Indian journal of veterinary science and animal husbandry - Volumes 24-25, 1954-1955
Year: 1954
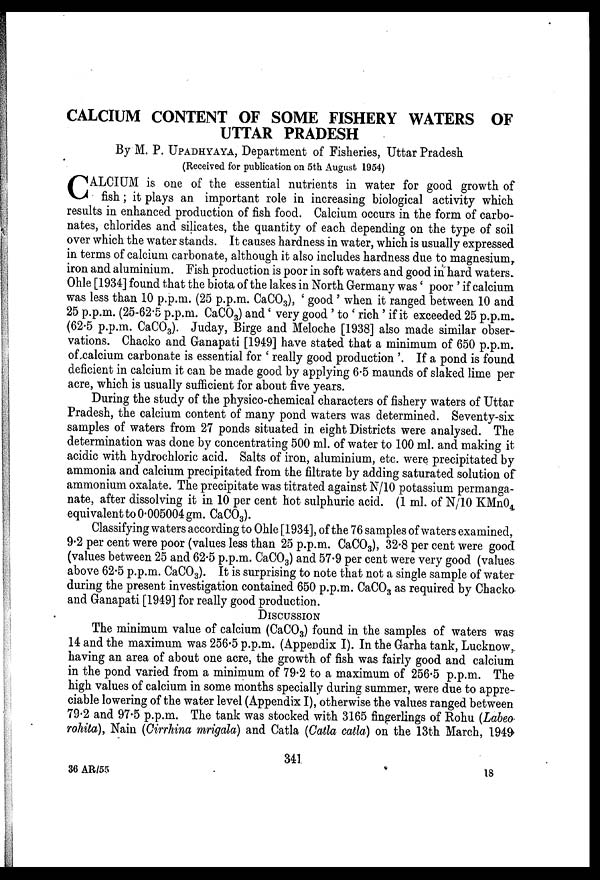
CALCIUM CONTENT OF SOME FISHERY WATERS OF
UTTAR PRADESH
By M. P. UPADHYAYA, Department of Fisheries, Uttar Pradesh
(Received for publication on 5th August 1954)
C ALCIUM is one of the essential nutrients in water for good growth of
fish ; it plays an important role in increasing biological activity which
results in enhanced production of fish food. Calcium occurs in the form of carbo-
nates, chlorides and silicates, the quantity of each depending on the type of soil
over which the water stands. It causes hardness in water, which is usually expressed
in terms of calcium carbonate, although it also includes hardness due to magnesium,
iron and aluminium. Fish production is poor in soft waters and good in hard waters.
Ohle [1934] found that the biota of the lakes in North Germany was ' poor ' if calcium
was less than 10 p.p.m. (25 p.p.m. CaCO 3 ), ' good ' when it ranged between 10 and
25 p.p.m. (25-62.5 p.p.m. CaCO 3 ) and ' very good ' to ' rich ' if it exceeded 25 p.p.m.
(62.5 p.p.m. CaCO 3 ). Juday, Birge and Meloche [1938] also made similar obser-
vations. Chacko and Ganapati [1949] have stated that a minimum of 650 p.p.m.
of calcium carbonate is essential for ' really good production '. If a pond is found
deficient in calcium it can be made good by applying 6.5 maunds of slaked lime per
acre, which is usually sufficient for about five years.
During the study of the physico-chemical characters of fishery waters of Uttar
Pradesh, the calcium content of many pond waters was determined. Seventy-six
samples of waters from 27 ponds situated in eight Districts were analysed. The
determination was done by concentrating 500 ml. of water to 100 ml. and making it
acidic with hydrochloric acid. Salts of iron, aluminium, etc. were precipitated by
ammonia and calcium precipitated from the filtrate by adding saturated solution of
ammonium oxalate. The precipitate was titrated against N/10 potassium permanga-
nate, after dissolving it in 10 per cent hot sulphuric acid. (1 ml. of N/10 KMnO 4
equivalent to 0.005004 gm. CaCO 3 ).
Classifying waters according to Ohle [1934], of the 76 samples of waters examined,
9.2 per cent were poor (values less than 25 p.p.m. CaCO 3 ), 32.8 per cent were good
(values between 25 and 62.5 p.p.m. CaCO 3 ) and 57.9 per cent were very good (values
above 62.5 p.p.m. CaCO 3 ). It is surprising to note that not a single sample of water
during the present investigation contained 650 p.p.m. CaCO 3 as required by Chacko
and Ganapati [1949] for really good production.
DISCUSSION
The minimum value of calcium (CaCO 3 ) found in the samples of waters was
14 and the maximum was 256.5 p.p.m. (Appendix I). In the Garha tank, Lucknow,.
having an area of about one acre, the growth of fish was fairly good and calcium
in the pond varied from a minimum of 79.2 to a maximum of 256.5 p.p.m. The
high values of calcium in some months specially during summer, were due to appre-
ciable lowering of the water level (Appendix I), otherwise the values ranged between
79.2 and 97.5 p.p.m. The tank was stocked with 3165 fingerlings of Rohu (Labeo
rohita), Nain (Cirrhina mrigala) and Catla (Catla catla) on the 13th March, 1949
341
36 AR/55
18